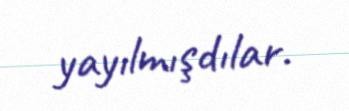
yayılmışdılar.